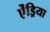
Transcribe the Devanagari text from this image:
ऐंड्रिया